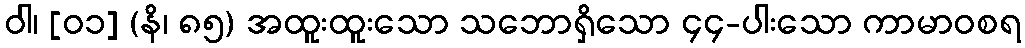
ဝါ၊ [၀၁] (နိ၊ ၈၅) အထူးထူးသော သဘောရှိသော ၄၄-ပါးသော ကာမာဝစရ